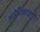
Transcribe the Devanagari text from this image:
अमेरिकावारी